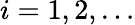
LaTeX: i=1,2,\ldots